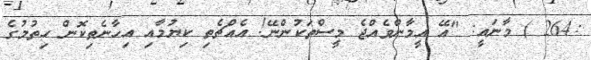
:264 ) މާނައީ: "އޭ އީމާންވެއްޖެ މީސްތަކުންނޭ! އެއްޗެތި ކިޔުމާއި އިހާނެތިކޮން ހިތުމުގެ